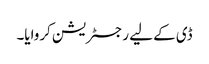
ڈی کے لیے رجسٹریشن کروایا۔